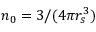
n _ { 0 } = 3 / ( 4 \pi r _ { s } ^ { 3 } )